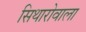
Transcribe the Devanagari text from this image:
सिथारोवाला